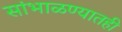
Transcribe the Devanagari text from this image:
सांभाळण्यातही